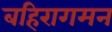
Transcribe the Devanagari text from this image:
बहिरागमन